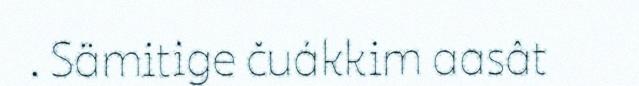
. Sämitige čuákkim aasât